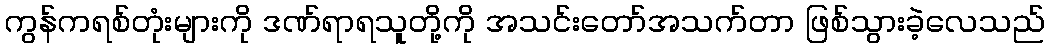
ကွန်ကရစ်တုံးများကို ဒဏ်ရာရသူတို့ကို အသင်းတော်အသက်တာ ဖြစ်သွားခဲ့လေသည်